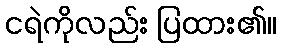
ငရဲကိုလည်း ပြထား၏။